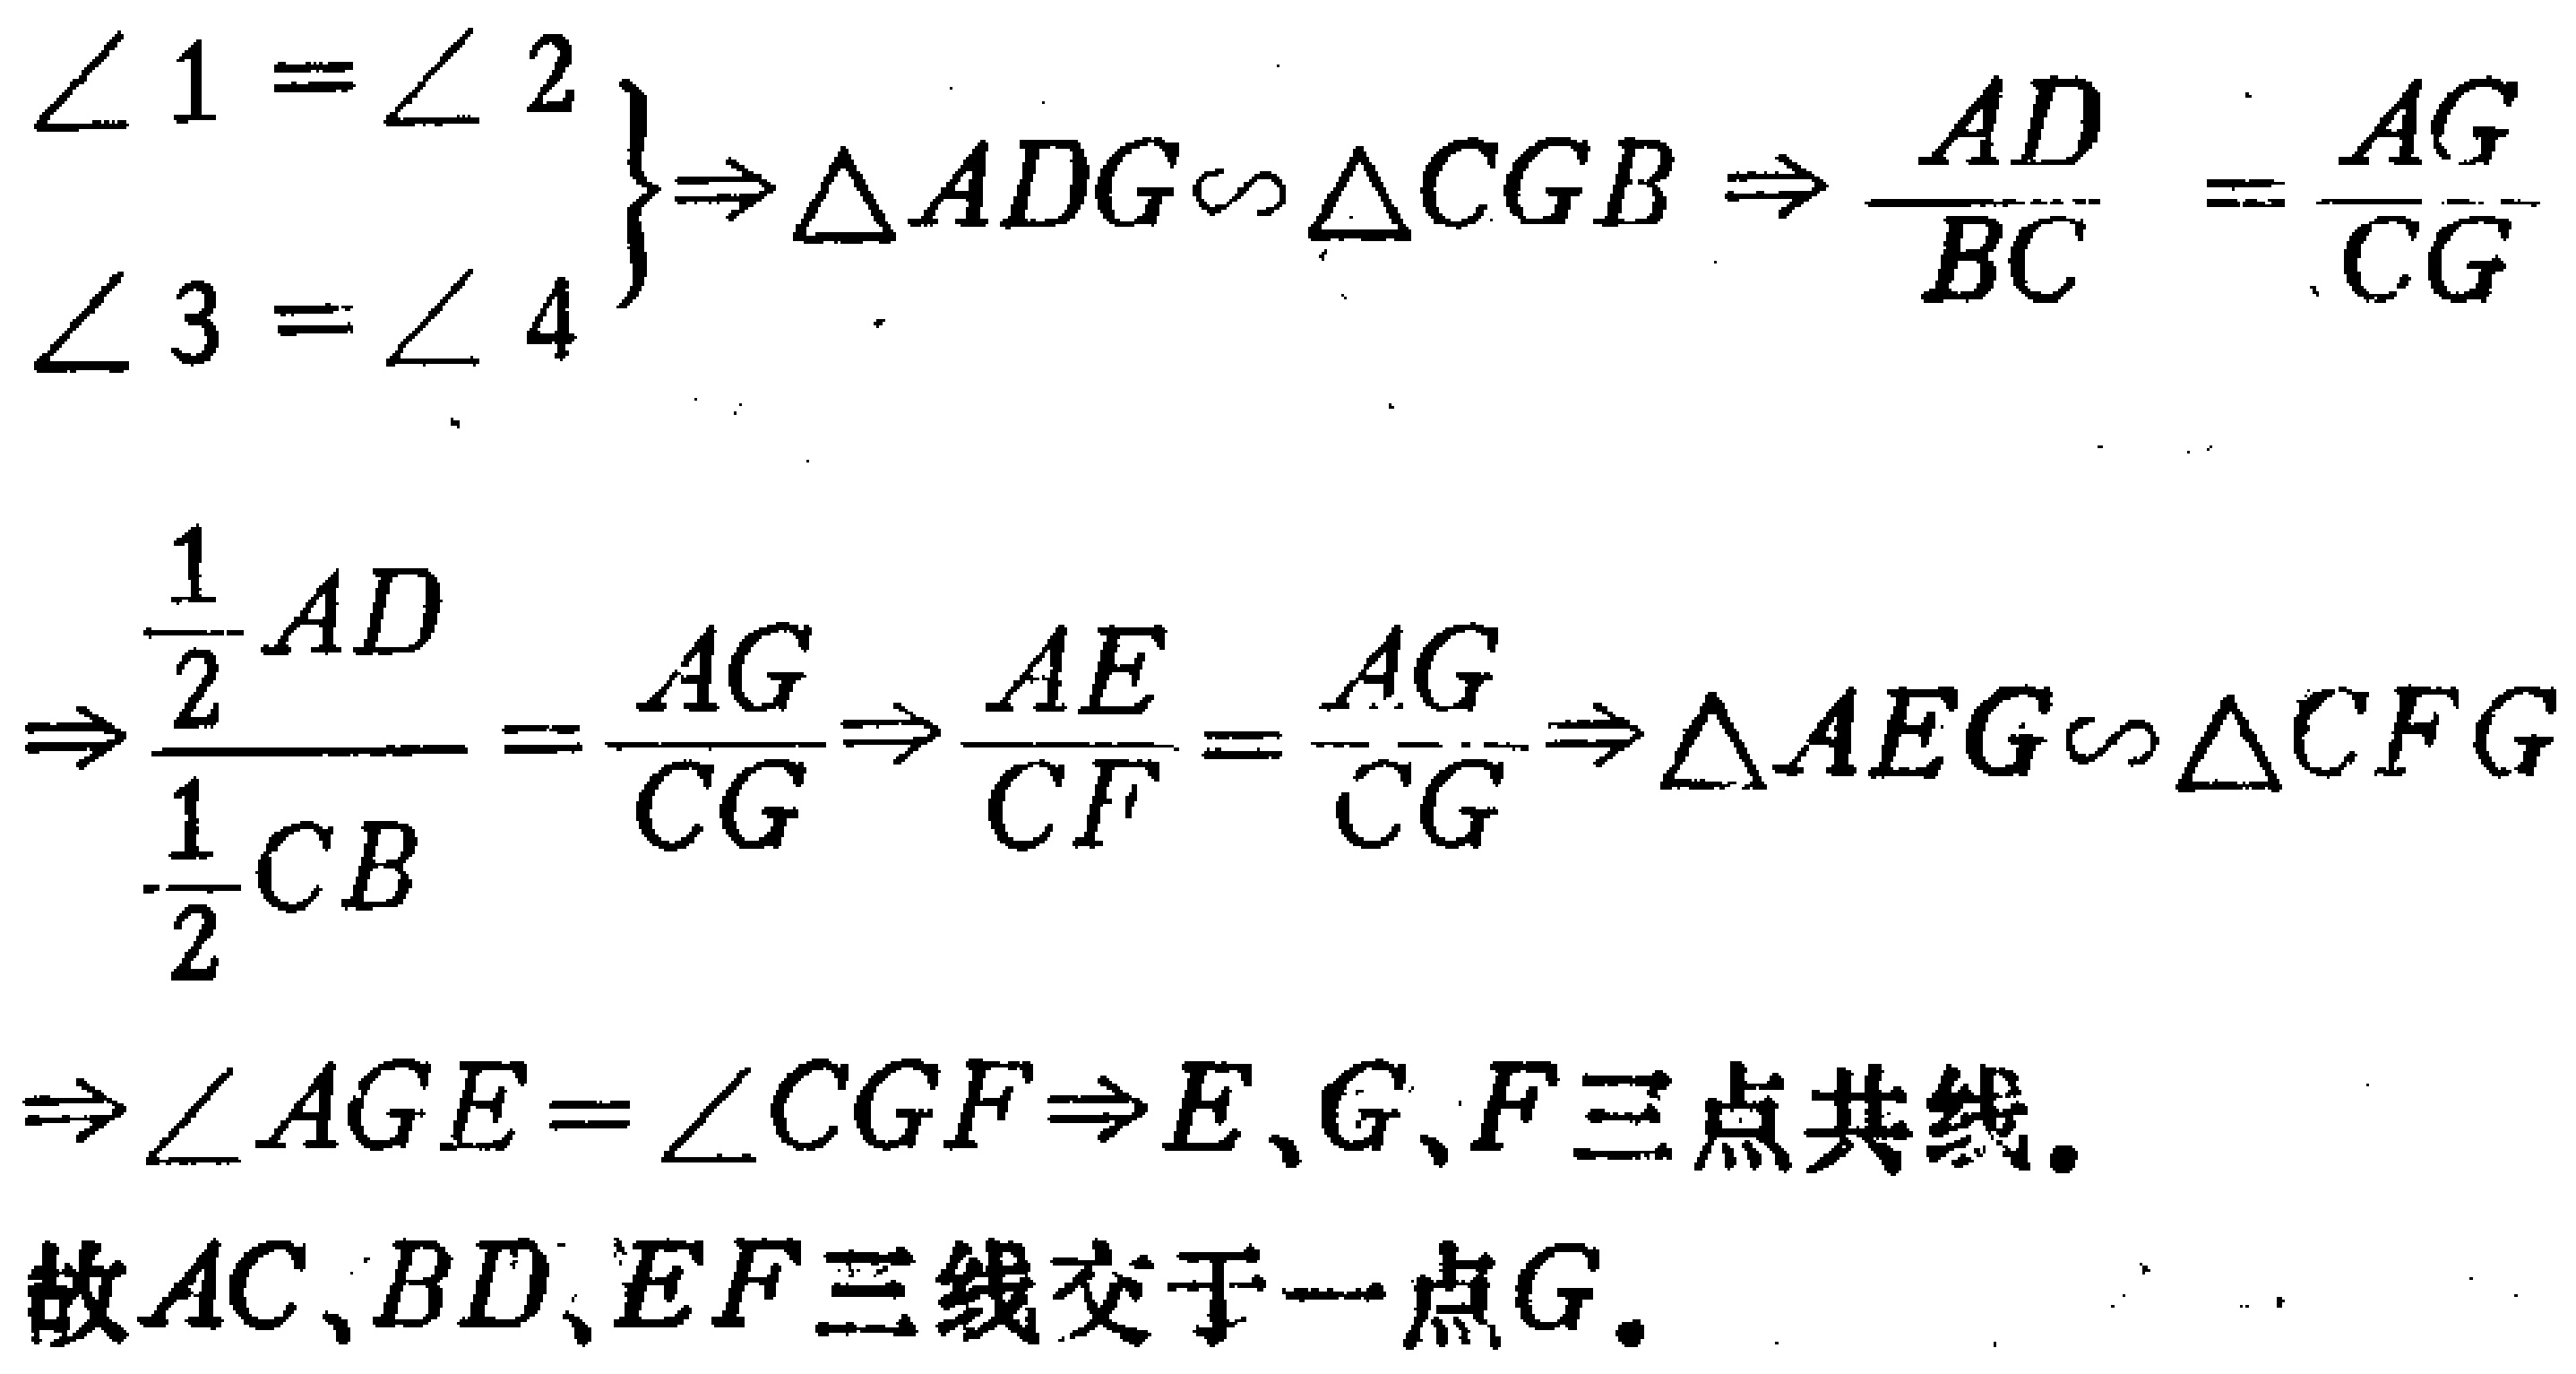
\[
\begin{align*}
\left.
\begin{array}{l}
\angle 1 = \angle 2\\
\angle 3 = \angle 4
\end{array}
\right\}
&\Rightarrow \triangle ADG\sim\triangle CGB\Rightarrow\frac{AD}{BC}=\frac{AG}{CG}\\
&\Rightarrow\frac{\frac{1}{2}AD}{\frac{1}{2}CB}=\frac{AG}{CG}\Rightarrow\frac{AE}{CF}=\frac{AG}{CG}\Rightarrow\triangle AEG\sim\triangle CFG\\
&\Rightarrow\angle AGE = \angle CGF\Rightarrow E,G,F三点共线.
\end{align*}
\]
故 \(AC,BD,EF\) 三线交于一点 \(G\).